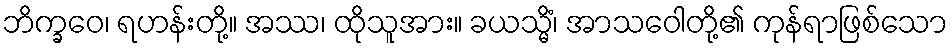
ဘိက္ခဝေ၊ ရဟန်းတို့။ အဿ၊ ထိုသူအား။ ခယသ္မိံ၊ အာသဝေါတို့၏ ကုန်ရာဖြစ်သော